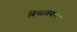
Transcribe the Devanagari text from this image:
बिसातबान